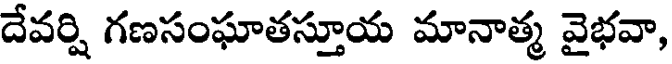
దేవర్షి గణసంఘాతస్తూయ మానాత్మ వైభవా,